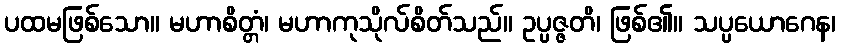
ပထမဖြစ်သော။ မဟာစိတ္တံ၊ မဟာကုသိုလ်စိတ်သည်။ ဥပ္ပဇ္ဇတိ၊ ဖြစ်၏။ သပ္ပယောဂေန၊